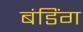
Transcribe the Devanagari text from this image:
बंडिंग